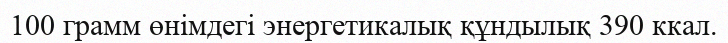
100 грамм өнімдегі энергетикалық құндылық 390 ккал.